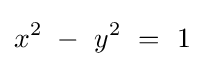
x^{2}\ -\ y^{2}\ =\ 1